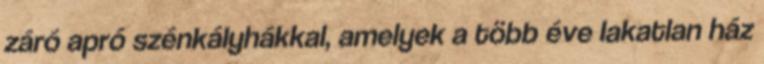
záró apró szénkályhákkal, amelyek a több éve lakatlan ház